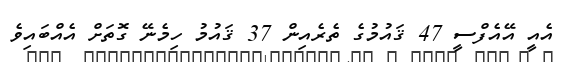
އެއީ އޭއެފްސީ 47 ޤައުމުގެ ތެރެއިން 37 ޤައުމު ހިމެނޭ ގޮތަށް އެއްބައިވެ